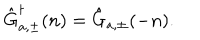
LaTeX: \hat { \mathrm { G } } _ { a , \pm } ^ { \dagger } ( n ) = \hat { \mathrm { G } } _ { a , \pm } ( - n ) .